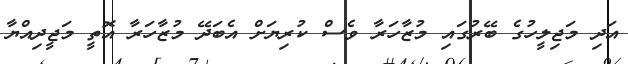
އަދި މަޖިލީހުގެ ބޭރުގައި މުޒާހަރާ ވެސް ކުރިޔަށް އެބަދޭ މުޒާހަރާ އޮތީ މަޖީދިއްޔާ